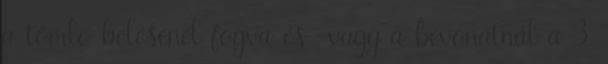
a tömlõ bélésénél fogva és vagy a bevonatnál a 3.